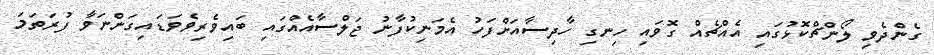
ގެންދެވި ލޯންޗްކޮޅުގައި އެއްޗެއް ގޮވައި ހިނގި ހާދިސާއަށްފަހު އެމަނިކުފާނު ޖަލްސާއެއްގައި ބައިވެރިވެވަޑައިގަންނަވާ ފުރަތަމަ